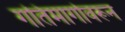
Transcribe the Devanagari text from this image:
गतिमार्गावरून